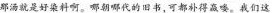
那汤就是好染料啊。哪朝哪代的旧书,可都朴得赢喽。我们这